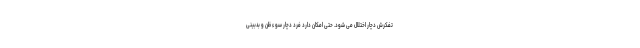
تفکرش دچار اختلال می شود. حتی امکان دارد فرد دچار سوء ظن و بدبینی